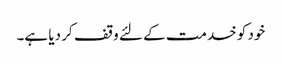
خود کو خدمت کے لئے وقف کر دیا ہے۔